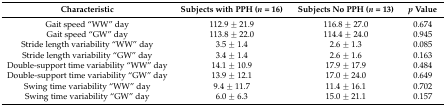
<table><thead><tr><td><b>Characteristic</b></td><td><b>Subjects with PPH (<i>n</i> = 16)</b></td><td><b>Subjects No PPH (<i>n</i> = 13)</b></td><td><b><i>p</i> Value</b></td></tr></thead><tbody><tr><td>Gait speed “WW” day</td><td>112.9 ± 21.9</td><td>116.8 ± 27.0</td><td>0.674</td></tr><tr><td>Gait speed “GW” day</td><td>113.8 ± 22.0</td><td>114.4 ± 24.0</td><td>0.945</td></tr><tr><td>Stride length variability “WW” day</td><td>3.5 ± 1.4</td><td>2.6 ± 1.3</td><td>0.085</td></tr><tr><td>Stride length variability “GW” day</td><td>3.4 ± 1.4</td><td>2.6 ± 1.6</td><td>0.163</td></tr><tr><td>Double-support time variability “WW” day</td><td>14.1 ± 10.9</td><td>17.9 ± 17.9</td><td>0.484</td></tr><tr><td>Double-support time variability “GW” day</td><td>13.9 ± 12.1</td><td>17.0 ± 24.0</td><td>0.649</td></tr><tr><td>Swing time variability “WW” day</td><td>9.4 ± 11.7</td><td>11.4 ± 16.1</td><td>0.702</td></tr><tr><td>Swing time variability “GW” day</td><td>6.0 ± 6.3</td><td>15.0 ± 21.1</td><td>0.157</td></tr></tbody></table>